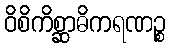
ဝိစိကိစ္ဆာဓိကရဏဉ္စ